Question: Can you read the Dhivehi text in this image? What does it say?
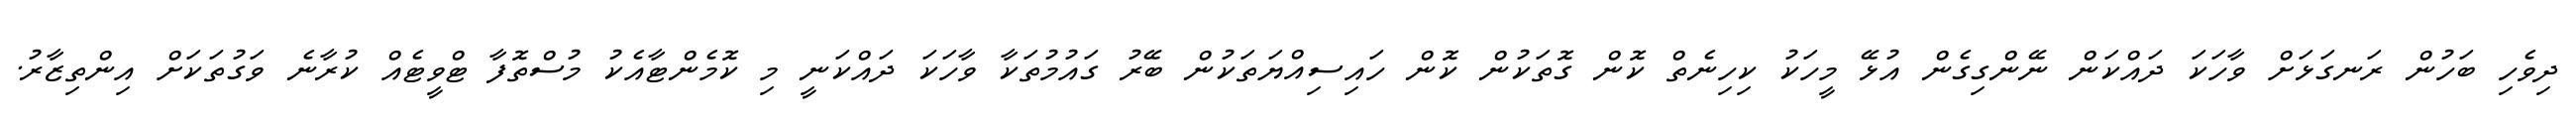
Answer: ދިވެހި ބަހުން ރަނގަޅަށް ވާހަކަ ދައްކަން ނޭންގިގެން އުޅޭ މީހަކު ކިހިނެތް ކޮން ގޮތަކުން ކޮން ހައިސިއްޔަތަކުން ބޭރު ގައުމުތަކާ ވާހަކަ ދައްކަނީ މި ކޮމެންޓާއެކު މުސްތޮފާ ޓްވީޓެއް ކުރާނެ ވަގުތަކަށް އިންތިޒާރު.